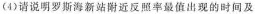
(4)请说明罗斯海新站附近反照率最值出现的时间及